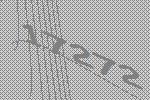
17272